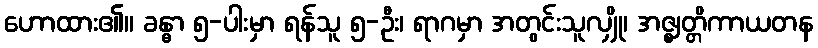
ဟောထား၏။ ခန္ဓာ ၅-ပါးမှာ ရန်သူ ၅-ဦး၊ ရာဂမှာ အတွင်းသူလျှို၊ အဇ္ဈတ္တိကာယတန